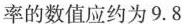
率的数值应约为9.8